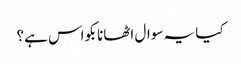
کیا یہ سوال اٹھانا بکواس ہے؟